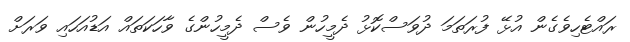
ރައްޓެހިވެގެން އުޅޭ ފުރަތަމަ ދުވަސްކޮޅު ދެމީހުން ވެސް ދެމީހުންގެ ވާހަކަތައް އަޑުއަހައި ވަރަށް